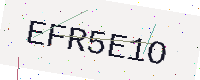
Text: EFR5E1O